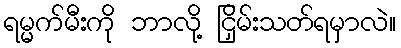
ရမ္မက်မီးကို ဘာလို့ ငြှိမ်းသတ်ရမှာလဲ။